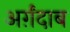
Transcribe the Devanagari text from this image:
अर्ग़ंदाब